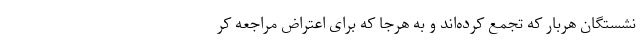
نشستگان هربار که تجمع کرده‌اند و به هرجا که برای اعتراض مراجعه کر